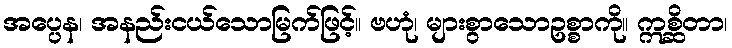
အပ္ပေန၊ အနည်းငယ်သောမြက်ဖြင့်။ ဗဟုံ၊ များစွာသောဥစ္စာကို။ ဣစ္ဆိတာ၊